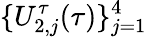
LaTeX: \{ U_{2,j}^{\tau}(\tau)\} _{j=1}^{4}